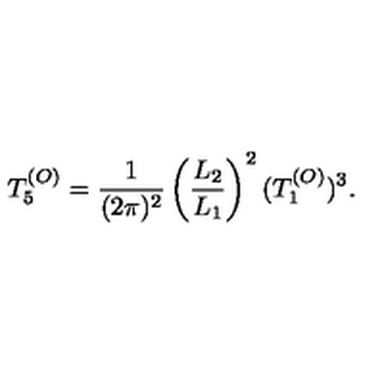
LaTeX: T _ { 5 } ^ { ( O ) } = { \frac { 1 } { ( 2 \pi ) ^ { 2 } } } \left( { \frac { L _ { 2 } } { L _ { 1 } } } \right) ^ { 2 } ( T _ { 1 } ^ { ( O ) } ) ^ { 3 } .